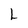
Character: L